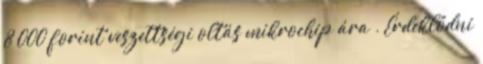
8 000 forint veszettségi oltás mikrochip ára . Érdeklődni